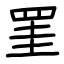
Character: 罣